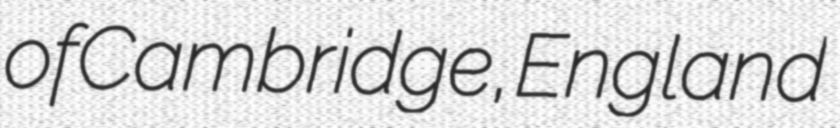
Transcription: of Cambridge, England